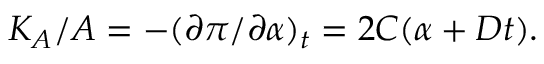
\begin{array} { r } { K _ { A } / A = - ( { \partial } { \pi } / { \partial } { \alpha } ) _ { t } = 2 C ( { \alpha } + D t ) . } \end{array}